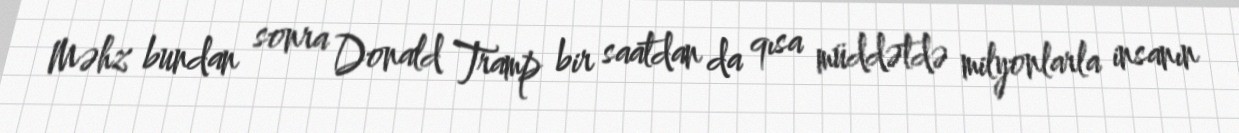
Məhz bundan sonra Donald Tramp bir saatdan da qısa müddətdə milyonlarla insanın